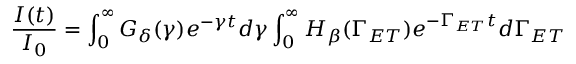
\frac { I ( t ) } { I _ { 0 } } = \int _ { 0 } ^ { \infty } G _ { \delta } ( \gamma ) e ^ { - \gamma t } d \gamma \int _ { 0 } ^ { \infty } H _ { \beta } ( \Gamma _ { E T } ) e ^ { - \Gamma _ { E T } t } d \Gamma _ { E T }